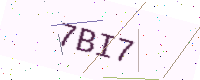
Text: 7BI7